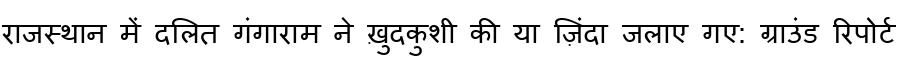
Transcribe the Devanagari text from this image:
राजस्थान में दलित गंगाराम ने ख़ुदकुशी की या ज़िंदा जलाए गए: ग्राउंड रिपोर्ट